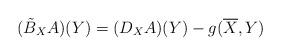
LaTeX: \begin{align*}(\tilde{B}_X{A})(Y)=(D_X{A})(Y)-g(\overline{X},Y)\end{align*}